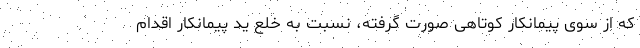
که از سوی پیمانکار کوتاهی صورت گرفته، نسبت به خلع ید پیمانکار اقدام